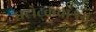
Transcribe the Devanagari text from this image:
घटोट्कचाश्रय